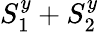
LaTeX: S_{1}^{y}+S_{2}^{y}